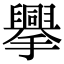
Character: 𢸁